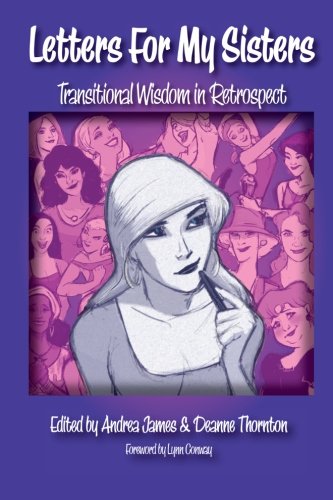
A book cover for Letters for My Sisters: Transitional Wisdom in Retrospect; Gay & Lesbian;